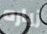
زياره